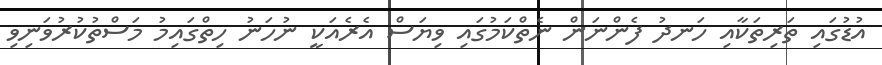
އުޑުގައި ތަރިތަކާއި ހަނދު ފެންނަން ނެތްކަމުގައި ވިޔަސް އެރެއަކީ ނުހަނު ހިތްގައިމު މަސްތުކުރުވަނިވި